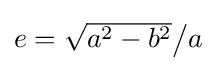
\textstyle e={\sqrt {a^{2}-b^{2}}}{\big /}a